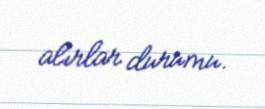
alırlar durumu.